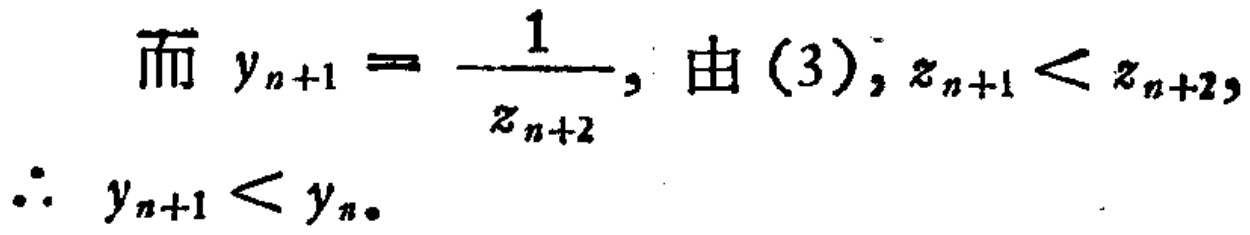
而 \(y_{n + 1} = \frac{1}{z_{n+2}}\), 由 (3), \(z_{n + 1} < z_{n + 2}\),

\(\therefore y_{n + 1} < y_{n}\).